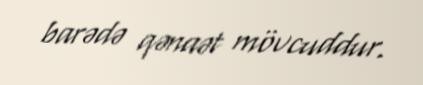
barədə qənaət mövcuddur.